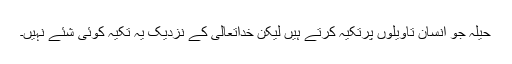
حیلہ جُو انسان تاویلوں پرتکیہ کرتے ہیں لیکن خداتعالیٰ کے نزدیک یہ تکیہ کوئی شئے نہیں۔